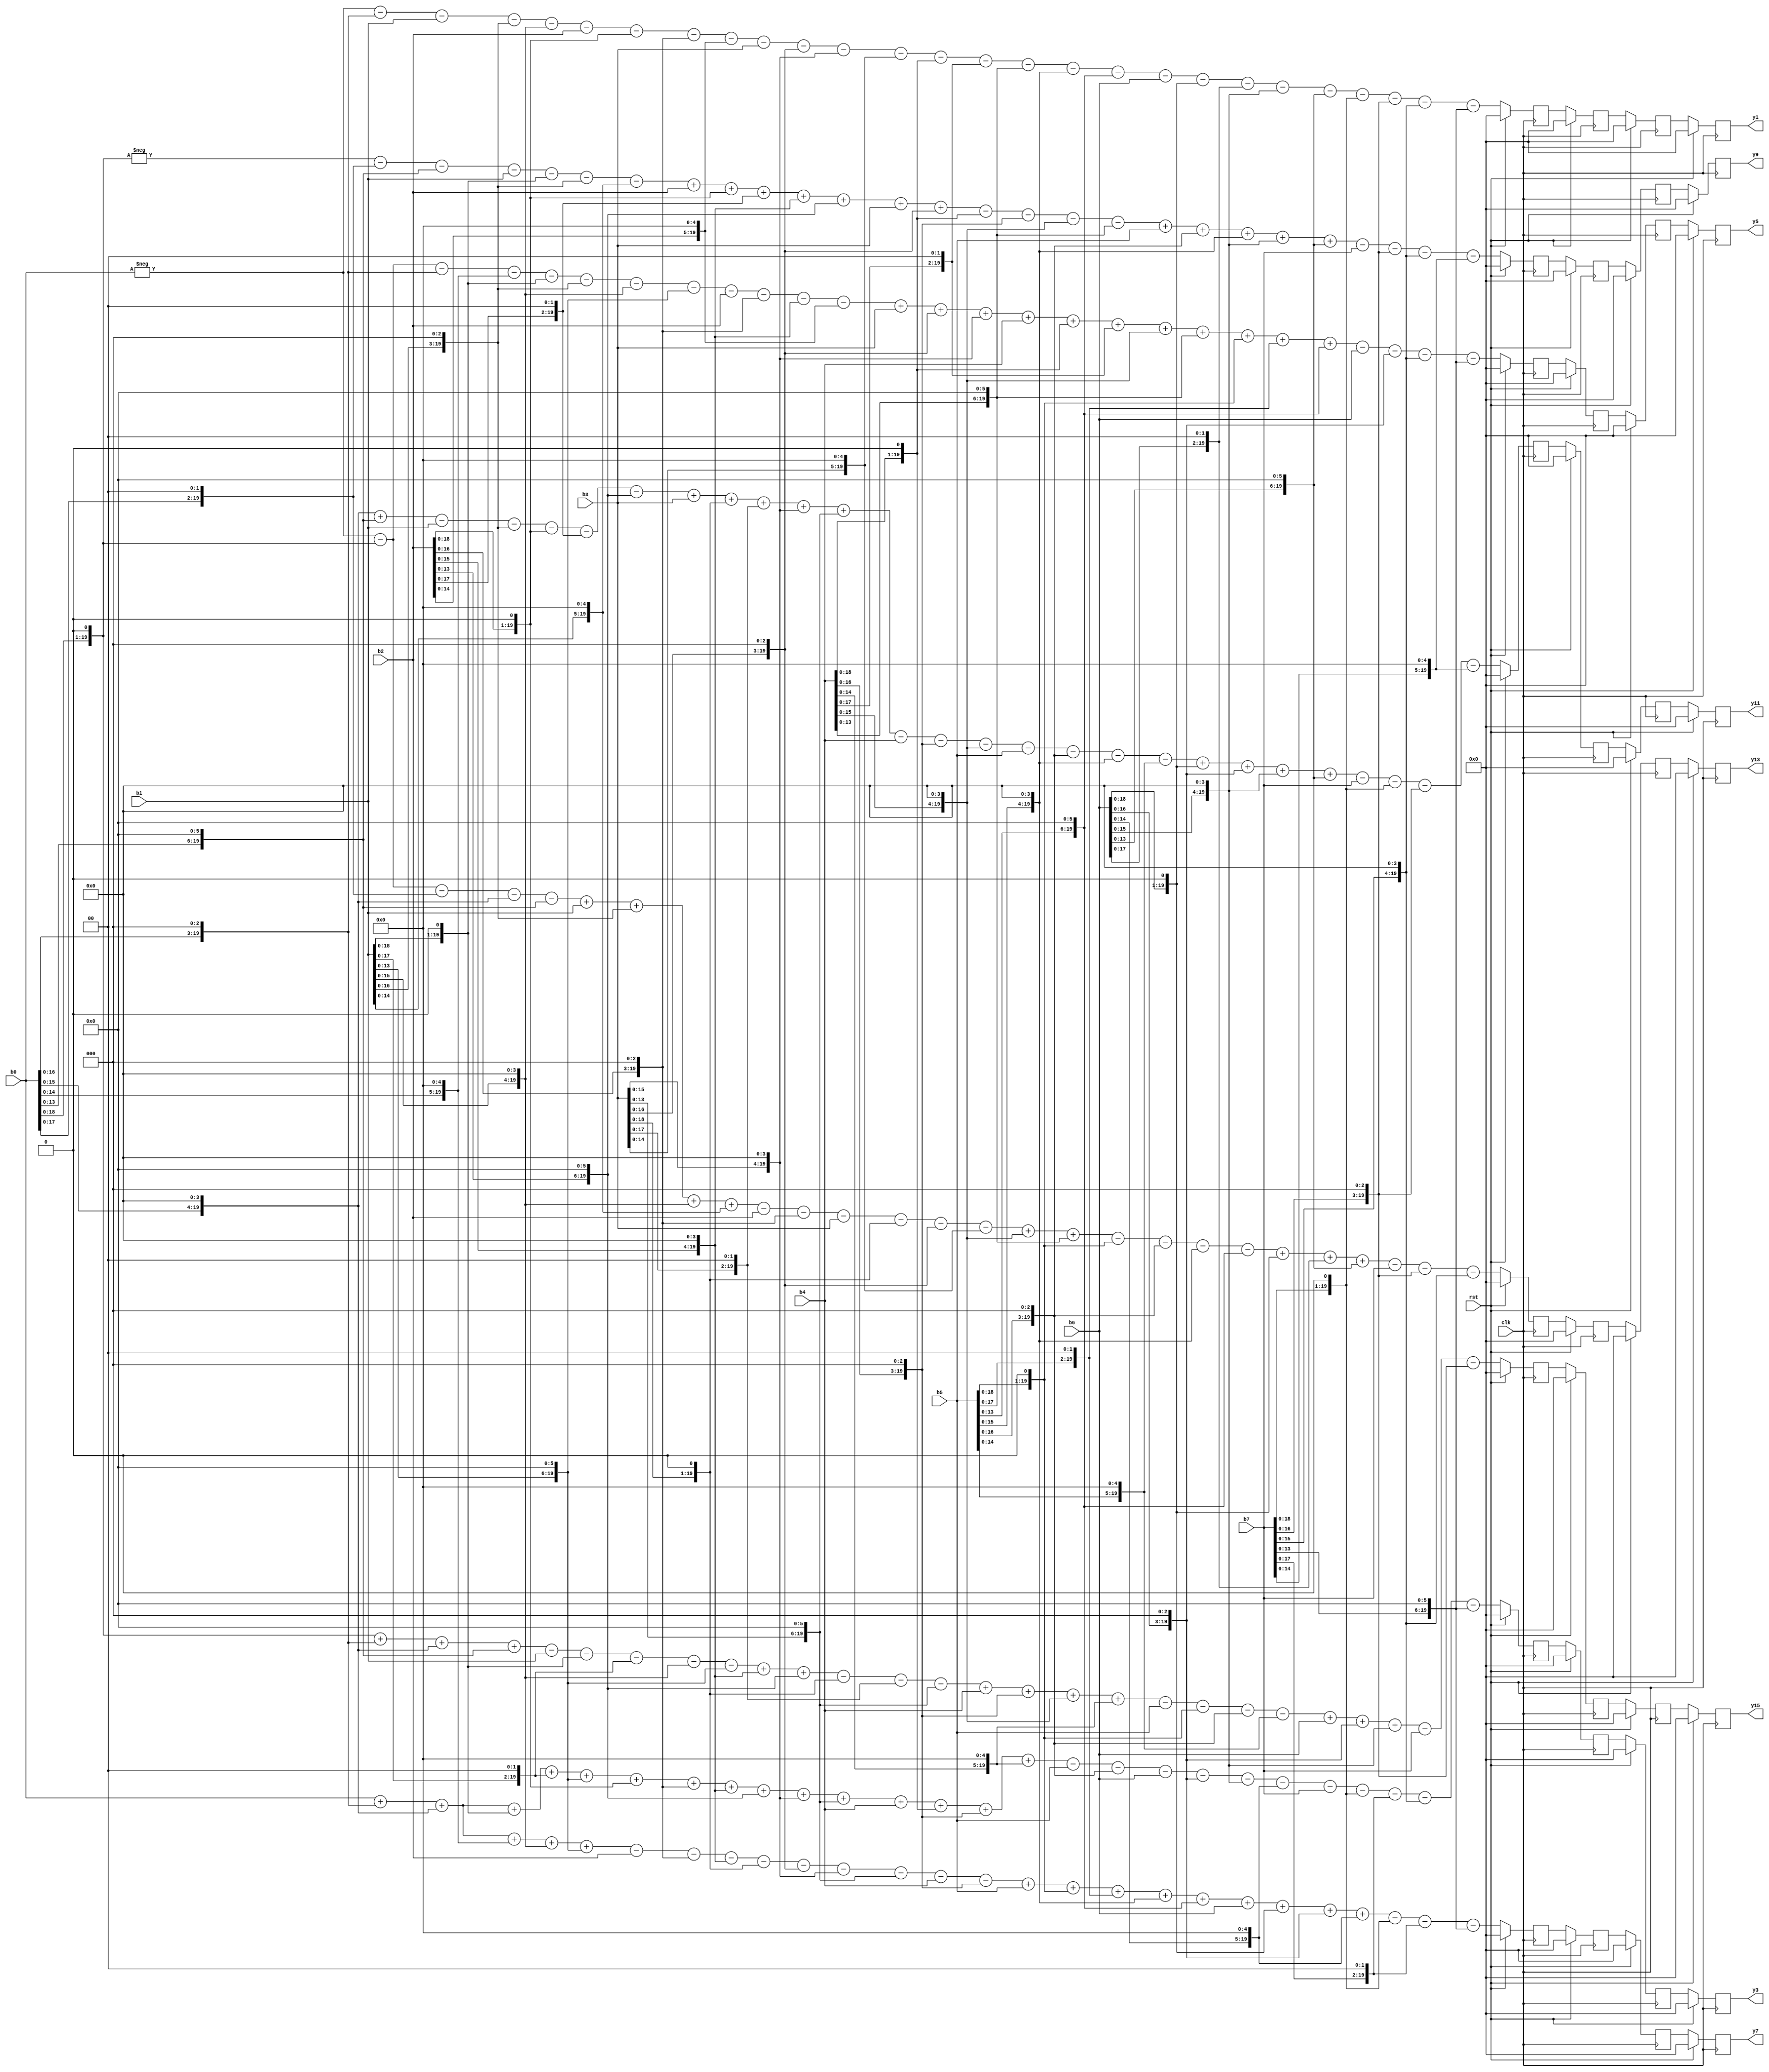
module shift_add16
#(
	parameter WIDTH = 20
)
(
	input wire clk,rst,
	input wire signed[WIDTH-1:0] b0,
	input wire signed[WIDTH-1:0] b1,
	input wire signed[WIDTH-1:0] b2,
	input wire signed[WIDTH-1:0] b3,
	input wire signed[WIDTH-1:0] b4,
	input wire signed[WIDTH-1:0] b5,
	input wire signed[WIDTH-1:0] b6,
	input wire signed[WIDTH-1:0] b7,
	
	output reg signed[WIDTH-1:0] y1,
	output reg signed[WIDTH-1:0] y3,
	output reg signed[WIDTH-1:0] y5,
	output reg signed[WIDTH-1:0] y7,
	output reg signed[WIDTH-1:0] y9,
	output reg signed[WIDTH-1:0] y11,
	output reg signed[WIDTH-1:0] y13,
	output reg signed[WIDTH-1:0] y15
);

	wire signed [WIDTH-1:0] y1_d;
	wire signed [WIDTH-1:0] y3_d;
	wire signed [WIDTH-1:0] y5_d;
	wire signed [WIDTH-1:0] y7_d;
	wire signed [WIDTH-1:0] y9_d;
	wire signed [WIDTH-1:0] y11_d;
	wire signed [WIDTH-1:0] y13_d;
	wire signed [WIDTH-1:0] y15_d;
	
	reg signed [WIDTH-1:0] temp [2:0][7:0];
	reg signed [WIDTH-1:0] temp_next [2:0][7:0];
	integer ROW,COLUMN;
	
	always @ (posedge clk)
	begin
//		if(!rst_b) begin
		if(rst) begin
				y1 <= 0;
				y3 <= 0;
				y5 <= 0;
				y7 <= 0;
				y9 <= 0;
				y11 <= 0;
				y13 <= 0;
				y15 <= 0;
				
				for(COLUMN=0;COLUMN<8;COLUMN=COLUMN+1)begin
					for(ROW=0;ROW<3;ROW=ROW+1)begin
						temp[ROW][COLUMN] <= 0;
					end
				end
		end
		else begin
				
				
				for(COLUMN=0;COLUMN<8;COLUMN=COLUMN+1)begin
					for(ROW=0;ROW<3;ROW=ROW+1)begin
						temp[ROW][COLUMN] <= temp_next[ROW][COLUMN];
					end
				end
				
				y1 = temp[2][0];
				y3 = temp[2][1];
				y5 = temp[2][2];
				y7 = temp[2][3];
				y9 = temp[2][4];
				y11 = temp[2][5];
				y13 = temp[2][6];
				y15 = temp[2][7];
				
				
		end
	end
	
	always @(*) begin
	
		for(ROW=0;ROW<8;ROW=ROW+1) begin
			for(COLUMN=1;COLUMN<3;COLUMN=COLUMN+1) begin
				temp_next[COLUMN][ROW] = temp[COLUMN-1][ROW];
			end
		end
		
		temp_next[0][0] = y1_d;
		temp_next[0][1] = y3_d;
		temp_next[0][2] = y5_d;
		temp_next[0][3] = y7_d;
		temp_next[0][4] = y9_d;
		temp_next[0][5] = y11_d;
		temp_next[0][6] = y13_d;
		temp_next[0][7] = y15_d;
		
		
	end

	
	
	
	
	assign y1_d = -b0-{b0,3'b000}-b1-{b1,3'b000}-{b1,4'b0000}-b2-{b2,1'b0}-{b2,3'b000}-{b2,5'b00000}-b3-{b3,3'b000}-{b3,4'b0000}-{b3,5'b00000}-{b4,1'b0}-{b4,2'b00}-{b4,6'b000000}-{b5,4'b0000}-{b5,6'b000000}-b6-{b6,1'b0}-{b6,2'b00}-{b6,4'b0000}-{b6,6'b000000}-{b7,1'b0}-{b7,3'b000}-{b7,4'b0000}-{b7,6'b000000};

	assign y3_d = b0+{b0,3'b000}+{b0,4'b0000}+{b1,1'b0}+{b1,2'b00}+{b1,6'b000000}+{b2,1'b0}+{b2,3'b000}+{b2,4'b0000}+{b2,6'b000000}+{b3,4'b0000}+{b3,6'b000000}+b4+{b4,1'b0}+{b4,3'b000}+{b4,5'b00000}-b5-{b5,3'b000}-b6-{b6,3'b000}-{b6,4'b0000}-{b6,5'b00000}-b7-{b7,1'b0}-{b7,2'b00}-{b7,4'b0000}-{b7,6'b000000};

	assign y5_d = -b0-{b0,1'b0}-{b0,3'b000}-{b0,5'b00000}-{b1,1'b0}-{b1,3'b000}-{b1,4'b0000}-{b1,6'b000000}-b2-{b2,3'b000}-{b2,4'b0000}-{b2,5'b00000}+b3+{b3,3'b000}+{b3,4'b0000}+b4+{b4,1'b0}+{b4,2'b00}+{b4,4'b0000}+{b4,6'b000000}+{b5,1'b0}+{b5,2'b00}+{b5,6'b000000}-b6-{b6,3'b000}-{b7,4'b0000}-{b7,6'b000000};

	assign y7_d = b0+{b0,3'b000}+{b0,4'b0000}+{b0,5'b00000}+{b1,4'b0000}+{b1,6'b000000}-b2-{b2,3'b000}-{b2,4'b0000}-{b3,1'b0}-{b3,3'b000}-{b3,4'b0000}-{b3,6'b000000}-b4-{b4,3'b000}+b5+{b5,1'b0}+{b5,2'b00}+{b5,4'b0000}+{b5,6'b000000}+b6+{b6,1'b0}+{b6,3'b000}+{b6,5'b00000}-{b7,1'b0}-{b7,2'b00}-{b7,6'b000000};

	assign y9_d = -{b0,1'b0}-{b0,2'b00}-{b0,6'b000000}-b1-{b1,1'b0}-{b1,3'b000}-{b1,5'b00000}+b2+{b2,1'b0}+{b2,2'b00}+{b2,4'b0000}+{b2,6'b000000}+b3+{b3,3'b000}-{b4,1'b0}-{b4,3'b000}-{b4,4'b0000}-{b4,6'b000000}+b5+{b5,3'b000}+{b5,4'b0000}+{b6,4'b0000}+{b6,6'b000000}-b7-{b7,3'b000}-{b7,4'b0000}-{b7,5'b00000};

	assign y11_d = {b0,4'b0000}+{b0,6'b000000}-b1-{b1,3'b000}-{b2,1'b0}-{b2,2'b00}-{b2,6'b000000}+b3+{b3,1'b0}+{b3,2'b00}+{b3,4'b0000}+{b3,6'b000000}-b4-{b4,3'b000}-{b4,4'b0000}-b5-{b5,3'b000}-{b5,4'b0000}-{b5,5'b00000}+{b6,1'b0}+{b6,3'b000}+{b6,4'b0000}+{b6,6'b000000}-b7-{b7,1'b0}-{b7,3'b000}-{b7,5'b00000};

	assign y13_d = -b0-{b0,1'b0}-{b0,2'b00}-{b0,4'b0000}-{b0,6'b000000}+b1+{b1,3'b000}+{b1,4'b0000}+{b1,5'b00000}-b2-{b2,3'b000}-b3-{b3,1'b0}-{b3,3'b000}-{b3,5'b00000}+{b4,4'b0000}+{b4,6'b000000}-{b5,1'b0}-{b5,3'b000}-{b5,4'b0000}-{b5,6'b000000}+{b6,1'b0}+{b6,2'b00}+{b6,6'b000000}-b7-{b7,3'b000}-{b7,4'b0000};

	assign y15_d = {b0,1'b0}+{b0,3'b000}+{b0,4'b0000}+{b0,6'b000000}-b1-{b1,1'b0}-{b1,2'b00}-{b1,4'b0000}-{b1,6'b000000}+{b2,4'b0000}+{b2,6'b000000}-{b3,1'b0}-{b3,2'b00}-{b3,6'b000000}+b4+{b4,3'b000}+{b4,4'b0000}+{b4,5'b00000}-b5-{b5,1'b0}-{b5,3'b000}-{b5,5'b00000}+b6+{b6,3'b000}+{b6,4'b0000}-b7-{b7,3'b000};
	
	
//	assign y1_d = {b0,6'b000000} + {b0,4'b0000} + {b0,3'b000} + {b0,1'b0} + {b1,6'b000000} + {b1,4'b0000} + {b1,2'b00} + {b1,1'b0} + b1 + {b2,6'b000000} + {b2,4'b0000} + {b3,6'b000000} + {b3,2'b00} + {b3,1'b0} + {b4,5'b00000} + {b4,4'b0000} + {b4,3'b000} + {b4,1'b0} + {b5,5'b00000} + {b5,3'b000} + {b5,1'b0} + b5 + {b6,4'b0000} + {b6,3'b000} + {b6,1'b0} + {b7,3'b000} + {b7,1'b0};
//   assign y3_d = {b0,6'b000000} + {b0,4'b0000} + {b0,2'b00} + {b0,1'b0} + b0 + {b1,5'b00000} + {b1,4'b0000} + {b1,3'b000} + {b1,1'b0} + {b2,3'b000} + {b2,1'b0} - {b3,5'b00000} - {b3,3'b000} - {b3,1'b0} - b3 - {b4,6'b000000} - {b4,4'b0000} - {b5,6'b000000} - {b5,4'b0000} - {b5,3'b000} - {b5,1'b0} - {b6,6'b000000} - {b6,2'b00} - {b6,1'b0} - {b7,4'b0000} - {b7,3'b000} - {b7,1'b0};
//	assign y5_d = {b0,6'b000000} + {b0,4'b0000} + {b1,3'b000} + {b1,1'b0} - {b2,6'b000000} - {b2,2'b00} - {b2,1'b0} - {b3,6'b000000} - {b3,4'b0000} - {b3,2'b00} - {b3,1'b0} - b3 - {b4,4'b0000} - {b4,3'b000} - {b4,1'b0} + {b5,5'b00000} + {b5,4'b0000} + {b5,3'b000} + {b5,1'b0} + {b6,6'b000000} + {b6,4'b0000} + {b6,3'b000} + {b6,1'b0} + {b7,5'b00000} + {b7,3'b000} + {b7,1'b0} + b7;
//	assign y7_d = {b0,6'b000000} + {b0,2'b00} + {b0,1'b0} - {b1,5'b00000} - {b1,3'b000} - {b1,1'b0} - b1 - {b2,6'b000000} - {b2,4'b0000} - {b2,2'b00} - {b2,1'b0} - b2 + {b3,3'b000} + {b3,1'b0} + {b4,6'b000000} + {b4,4'b0000} + {b4,3'b000} + {b4,1'b0} + {b5,4'b0000} + {b5,3'b000} + {b5,1'b0} - {b6,6'b000000} - {b6,4'b0000} - {b7,5'b00000} + {b7,4'b0000} + {b7,3'b000} + {b7,1'b0};
//	assign y9_d  = {b0,5'b00000} + {b0,4'b0000} + {b0,3'b000} + {b0,1'b0} - {b1,6'b000000} - {b1,4'b0000} - {b2,4'b0000} - {b2,3'b000} - {b2,1'b0} + {b3,6'b000000} + {b3,4'b0000} + {b3,3'b000} + {b3,1'b0} - {b4,3'b000} - {b4,1'b0} - {b5,6'b000000} - {b5,4'b0000} - {b5,2'b00} - {b5,1'b0} - b5 + {b6,5'b00000} + {b6,3'b000} + {b6,1'b0} + b6 + {b7,6'b000000} + {b7,2'b00} + {b7,1'b0};
//	assign y11_d = {b0,5'b00000} + {b0,3'b000} + {b0,1'b0} + b0 - {b1,6'b000000} - {b1,4'b0000} - {b1,3'b000} - {b1,1'b0} + {b2,5'b00000} + {b2,4'b0000} + {b2,3'b000} + {b2,1'b0} + {b3,4'b0000} + {b3,3'b000} + {b3,1'b0} - {b4,6'b000000} - {b4,4'b0000} - {b4,2'b00} - {b4,1'b0} - b4 + {b5,6'b000000} + {b5,2'b00} + {b5,1'b0} + {b6,3'b000} + {b6,1'b0} - {b7,6'b000000} - {b7,4'b0000}; 
//	assign y13_d = {b0,4'b0000} + {b0,3'b000} + {b0,1'b0} - {b1,6'b000000} - {b1,2'b00} - {b1,1'b0} + {b2,6'b000000} + {b2,4'b0000} + {b2,3'b000} + {b2,1'b0} - {b3,6'b000000} - {b3,4'b0000} + {b4,5'b00000} + {b4,3'b000} + {b4,1'b0} + b4 + {b5,3'b000} + {b5,1'b0} - {b6,5'b00000} - {b6,4'b0000} - {b6,3'b000} - {b6,1'b0} + {b7,6'b000000} + {b7,4'b0000} + {b7,2'b00} + {b7,1'b0} + b7;
//	assign y15_d = {b0,3'b000} + {b0,1'b0} - {b1,4'b0000} - {b1,3'b000} - {b1,1'b0} + {b2,5'b00000} + {b2,3'b000} + {b2,1'b0} + b2 - {b3,5'b00000} - {b3,4'b0000} - {b3,3'b000} - {b3,1'b0} + {b4,6'b000000} + {b4,2'b00} + {b4,1'b0} - {b5,6'b000000} - {b5,4'b0000} + {b6,6'b000000} + {b6,4'b0000} + {b6,2'b00} + {b6,1'b0} + b6 - {b7,6'b000000} - {b7,4'b0000} - {b7,3'b000} - {b7,1'b0};
	
	//90 = {b0_reg,6'b000000} + {b0_reg,4'b0000} + {b0_reg,3'b000} + {b0_reg,1'b0}
	//87 = {b0_reg,6'b000000} + {b0_reg,4'b0000} + {b0_reg,2'b00} + {b0_reg,1'b0} + b0_reg
	//80 = {b0_reg,6'b000000} + {b0_reg,4'b0000} 
	//70 = {b0_reg,6'b000000} + {b0_reg,2'b00} + {b0_reg,1'b0}
	//57 = {b0_reg,5'b00000} + {b0_reg,4'b0000} + {b0_reg,3'b000} + {b0_reg,1'b0}
	//43 = {b0_reg,5'b00000} + {b0_reg,3'b000} + {b0_reg,1'b0} + b0_reg
	//25 = {b0_reg,4'b0000} + {b0_reg,3'b000} + {b0_reg,1'b0}
	//9  = {b0_reg,3'b000} + {b0_reg,1'b0}
endmodule